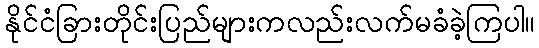
နိုင်ငံခြားတိုင်းပြည်များကလည်းလက်မခံခဲ့ကြပါ။